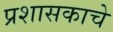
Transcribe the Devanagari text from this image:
प्रशासकाचे